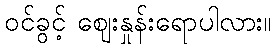
ဝင်ခွင့် ဈေးနှုန်းရောပါလား။